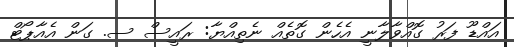
އައްޑޫ ފަރު ގޮއްވާލާނީ އެހެން ގޮތެއް ނެތިއްޔާ: ރައީސް ސ. ގަން އެއާޕޯޓް